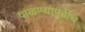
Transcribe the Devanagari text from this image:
वाळण्यापूर्वीच